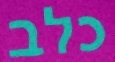
כלב